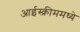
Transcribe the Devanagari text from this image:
आईस्क्रीममध्ये